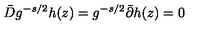
\bar { D } g ^ { - s / 2 } h ( z ) = g ^ { - s / 2 } \bar { \partial } h ( z ) = 0